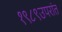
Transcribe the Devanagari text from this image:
१९८९उपरांत